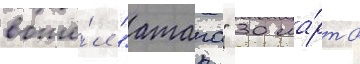
вошё́л "атаго" 30 ма́рта